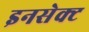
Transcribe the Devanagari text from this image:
इनसेक्ट